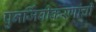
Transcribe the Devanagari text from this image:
पुनर्जिवीकरणांची